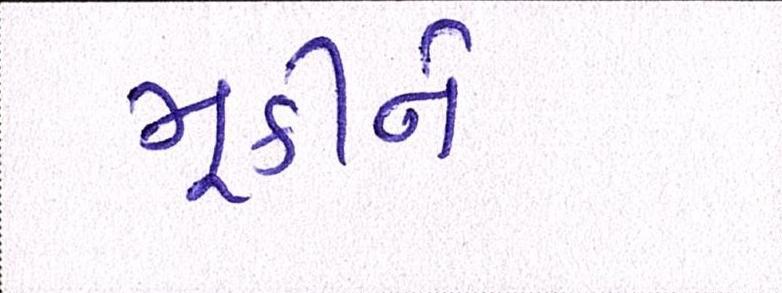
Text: મૂકીને